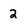
Character: 2